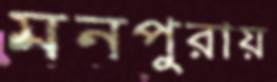
মনপুরায়